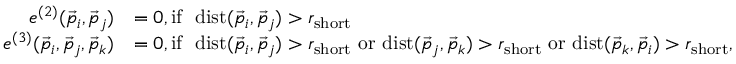
\begin{array} { r l } { e ^ { ( 2 ) } ( \vec { p } _ { i } , \vec { p } _ { j } ) } & { = 0 , \mathrm { i f } \ \ \mathrm { d i s t } ( \vec { p } _ { i } , \vec { p } _ { j } ) > r _ { \mathrm { s h o r t } } } \\ { e ^ { ( 3 ) } ( \vec { p } _ { i } , \vec { p } _ { j } , \vec { p } _ { k } ) } & { = 0 , \mathrm { i f } \ \ \mathrm { d i s t } ( \vec { p } _ { i } , \vec { p } _ { j } ) > r _ { \mathrm { s h o r t } } \ \mathrm { o r } \ \mathrm { d i s t } ( \vec { p } _ { j } , \vec { p } _ { k } ) > r _ { \mathrm { s h o r t } } \ \mathrm { o r } \ \mathrm { d i s t } ( \vec { p } _ { k } , \vec { p } _ { i } ) > r _ { \mathrm { s h o r t } } , } \end{array}